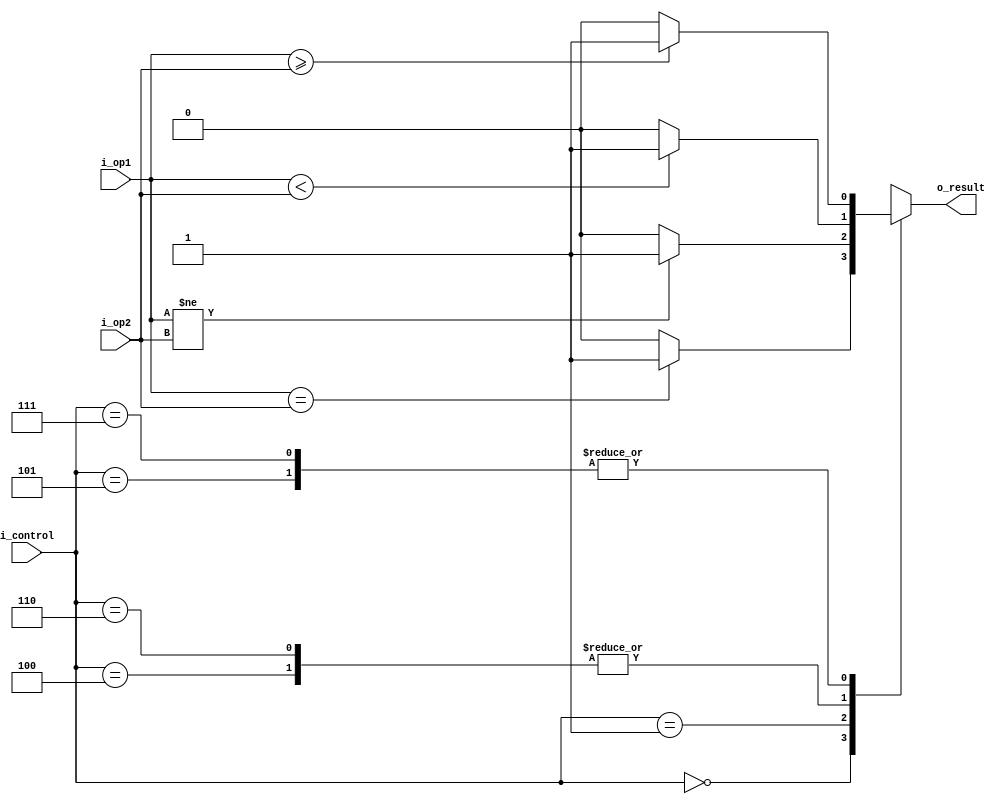
module br(output reg        o_result,
          input wire [2:0]  i_control,
          input wire [31:0] i_op1, i_op2);

localparam BEQ = 3'h0, BNE = 3'h1;
localparam BLT = 3'h4, BGE = 3'h5, BLTU = 3'h6, BGEU = 3'h7;

always @(*)
begin
	case(i_control)
		BEQ : o_result = (i_op1 == i_op2) ? 1'b1 : 1'b0;
		BNE : o_result = (i_op1 != i_op2) ? 1'b1 : 1'b0; 
		BLT : o_result = (i_op1 <  i_op2) ? 1'b1 : 1'b0; 
		BGE : o_result = (i_op1 >= i_op2) ? 1'b1 : 1'b0; 
		BLTU: o_result = (i_op1 <  i_op2) ? 1'b1 : 1'b0; 
		BGEU: o_result = (i_op1 >= i_op2) ? 1'b1 : 1'b0; 
		default	: o_result = 1'bX;
	endcase
end

endmodule